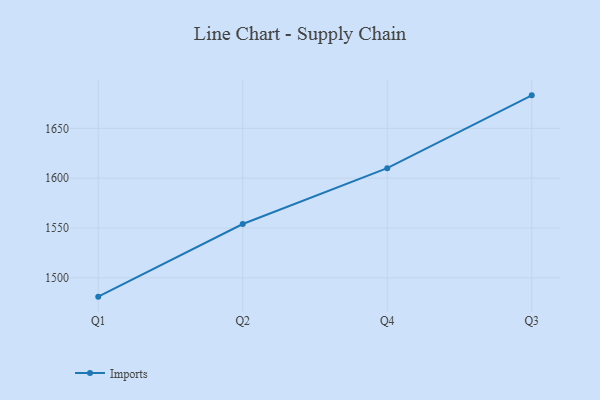
{"axis": {"x": "Quarter", "y": "Net Income (USD K)"}, "legend": ["Imports"], "data": [{"x": "Q1", "y": 1481.1, "type": "Imports"}, {"x": "Q2", "y": 1554.0, "type": "Imports"}, {"x": "Q4", "y": 1610.0, "type": "Imports"}, {"x": "Q3", "y": 1683.1, "type": "Imports"}]}